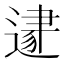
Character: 𨕛